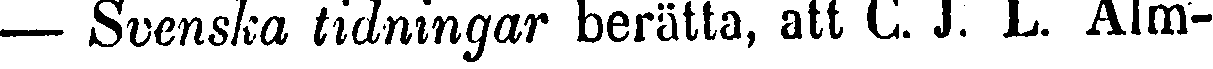
— Svenska tidningar berätta, att C. J. L. Alm-